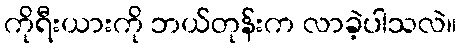
ကိုရီးယားကို ဘယ်တုန်းက လာခဲ့ပါသလဲ။